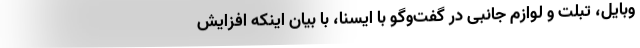
وبایل، تبلت و لوازم جانبی در گفت‌وگو با ایسنا، با بیان اینکه افزایش